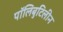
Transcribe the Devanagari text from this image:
पॉलिबुटिलीन